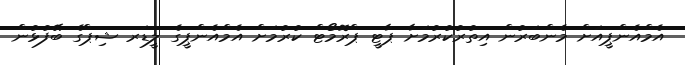
އެމްއެންޕީއަށް މެންބަރުން އިތުރުކުރުމަށާ ޕާޓީ ޕްރޮމޯޓް ކުރުމަށް އެމްއެންޕީގެ ލީޑަރ ޝިޕްގެ ބޭފުޅުން